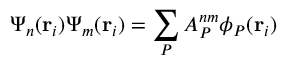
\Psi _ { n } ( \mathbf { r } _ { i } ) \Psi _ { m } ( \mathbf { r } _ { i } ) = \sum _ { P } A _ { P } ^ { n m } \phi _ { P } ( \mathbf { r } _ { i } )